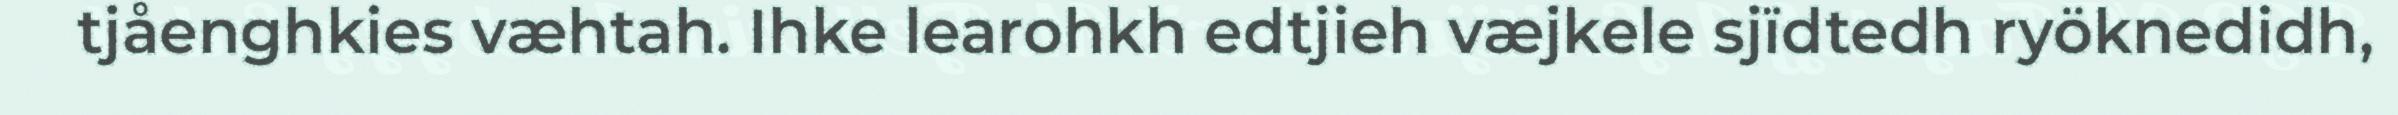
tjåenghkies væhtah. Ihke learohkh edtjieh væjkele sjïdtedh ryöknedidh,